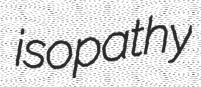
isopathy